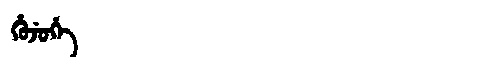
Manchu: ᡥᡠᠵᡠᡥᡝ
Romanization: HUJUHE